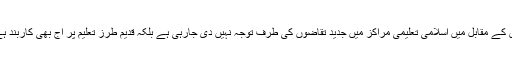
اس کے مقابل میں اسلامی تعلیمی مراکز میں جدید تقاضوں کی طرف توجہ نہیں دی جارہی ہے بلکہ قدیم طرز تعلیم پر آج بھی کاربند ہے۔